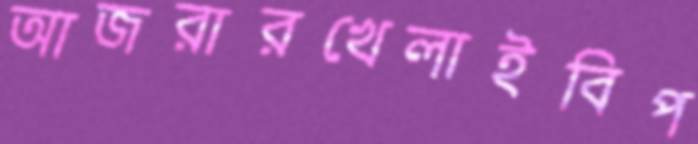
আজরারখেলাইবিপ